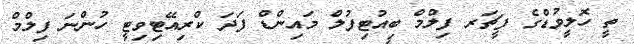
ތީ ހޮލީވުޑްގެ ފީޗަރ ފިލްމް ބިއުޓިފުލް މައިންޑް ފަަދަ ކްރިއޭޓިވިޓީ ހުންނަ ފިލްމް